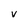
Character: V